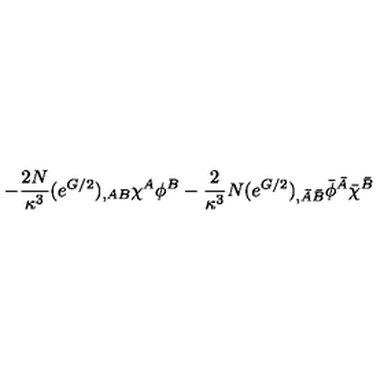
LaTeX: - \frac { 2 N } { \kappa ^ { 3 } } ( e ^ { G / 2 } ) _ { , A B } \chi ^ { A } \phi ^ { B } - \frac { 2 } { \kappa ^ { 3 } } N ( e ^ { G / 2 } ) _ { , \bar { A } \bar { B } } \bar { \phi } ^ { \bar { A } } \bar { \chi } ^ { \bar { B } }